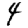
Digit: 4